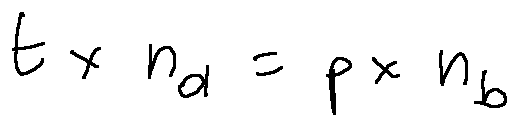
t \times n _ { a } = p \times n _ { b }